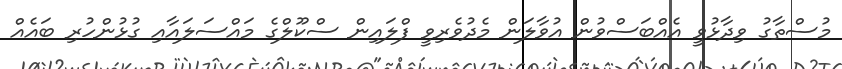
މުސްތާގު ވިދާޅުވީ އެއްބަސްވުން އުވާލަން މެދުވެރިވީ ފްލައިން ސްކޫލްގެ މައްސަލައާއި ގުޅުންހުރި ބައެއް